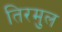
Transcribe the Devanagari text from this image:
तिरमुल